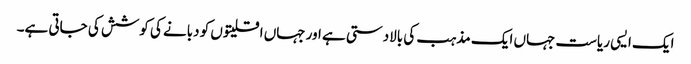
ایک ایسی ریاست جہاں ایک مذہب کی بالادستی ہے اور جہاں اقلیتوں کو دبانے کی کوشش کی جاتی ہے۔